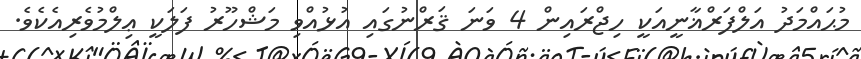
މުޙައްމަދު އަލްފަރްޣާނީއަކީ ހިޖްރައިން 4 ވަނަ ޤަރްނުގައި އުޅުއްވި މަޝްހޫރު ފަލަކީ ޢިލްމުވެރިއެކެވެ.